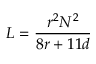
L = { \frac { r ^ { 2 } N ^ { 2 } } { 8 r + 1 1 d } }